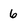
Character: 6